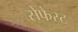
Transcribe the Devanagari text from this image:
सेफेस्ट